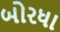
બોરધા